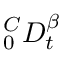
^ C _ { 0 } D _ { t } ^ { \beta }